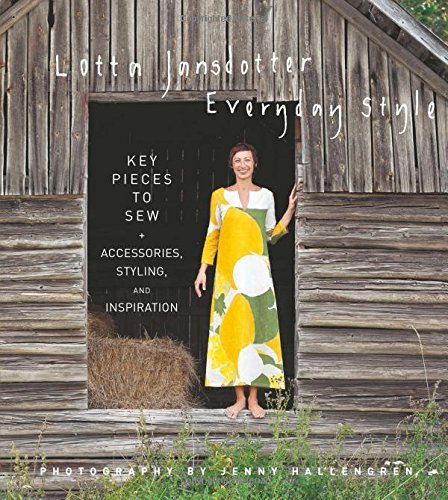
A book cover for Lotta Jansdotter Everyday Style: Key Pieces to Sew + Accessories, Styling, and Inspiration; Lotta Jansdotter; Crafts, Hobbies & Home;